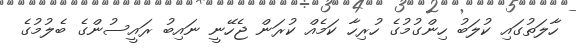
ހާލަތުގައި ކުލަބު ހިންގުމުގެ ހުރިހާ ކަމެއް ކުރަން ޖެހޭނީ ނައިބު ރައީސުންގެ ބެލުމުގެ